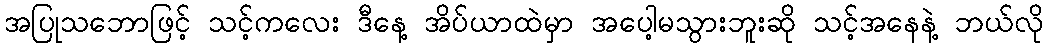
အပြုသဘောဖြင့် သင့်ကလေး ဒီနေ့ အိပ်ယာထဲမှာ အပေါ့မသွားဘူးဆို သင့်အနေနဲ့ ဘယ်လို